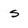
Character: S